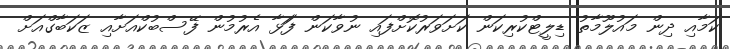
ކަމާއި ދިން މައުލޫމާތު ޑިލީޓްކުރިކަން ކަށަވަރުކޮށްފައި ނުވާކަން ފަަޅާ އެރުމުން ފޭސްބުކްއަށާއި ޒަކަބާގްއަށް